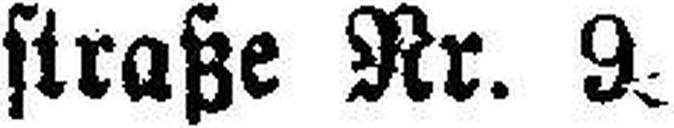
straße Nr. 9. 8179=15-9